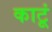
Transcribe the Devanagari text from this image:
काटूं